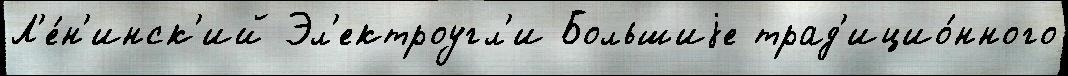
Л'е́н'инск'ий Эл'ектроугл'и Большиjе трад'ицио́нного